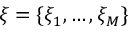
\xi = \{ \xi _ { 1 } , \dots , \xi _ { M } \}